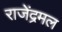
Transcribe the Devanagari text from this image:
राजेंद्रमल